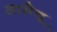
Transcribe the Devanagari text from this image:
आसेतू